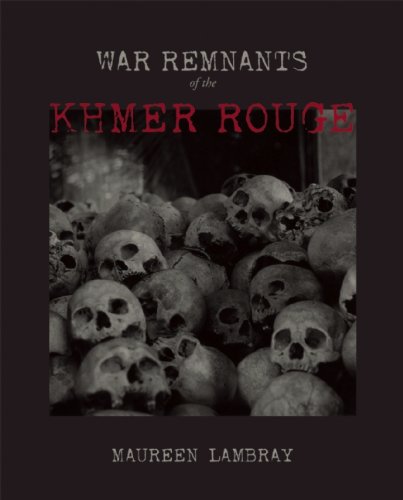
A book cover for War Remnants of the Khmer Rouge; Travel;